Indian journal of veterinary science and animal husbandry - Volumes 22-23, 1952-1953
Year: 1952
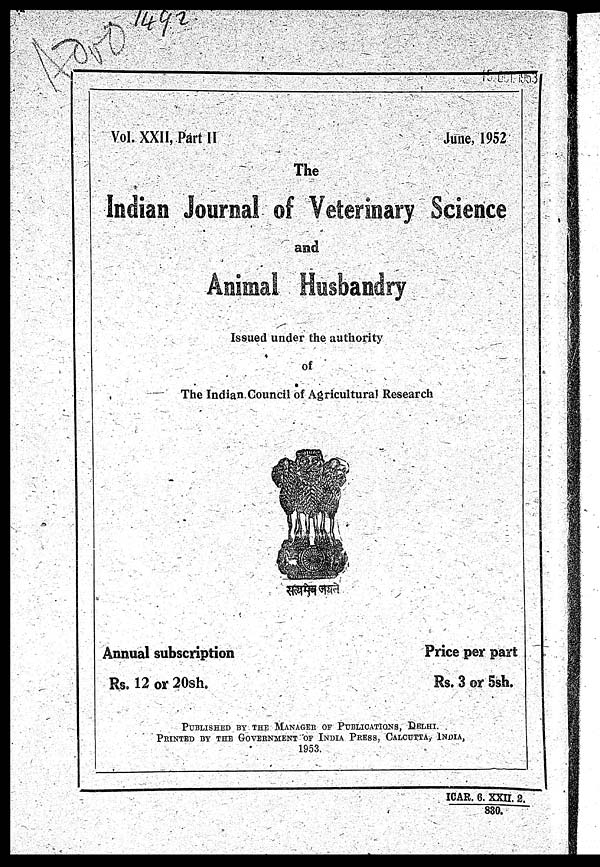
Vol. XXII. Part II
June, 1952
The
Indian Journal of Veterinary Science
and
Animal Husbandry
Issued under the authority
of
The Indian Council of Agricultural Research
Annual subscription
Rs. 12 or 20sh.
Price per part
Rs. 3 or 5sh.
PUBLISHED BY THE MANAGER OF PUBLICATIONS, DELHI.
PRINTED BY THE GOVERNMENT OF INDIA PRESS, CALCUTTA
1953.
ICAR. 6. XXII. 2.
830.